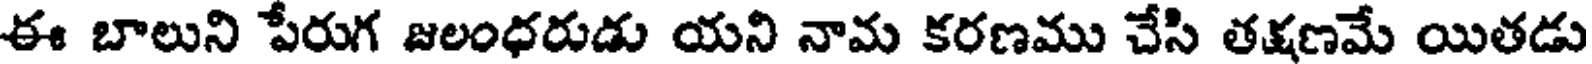
ఈ బాలుని పేరుగ జలంధరుడు యని నామ కరణము చేసి తక్షణమే యితడు